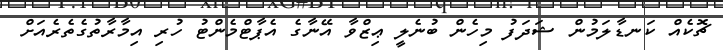
ޗޮކެއް ކަނޑާލަމުން ޝަދަފު މިހެން ބުނެލީ ޢިޒްވާ އޭނާގެ އެޕާޓްމެންޓު ހުރި އިމާރާތުގެތެރެއަށް